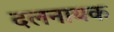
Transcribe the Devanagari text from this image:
दलनायक